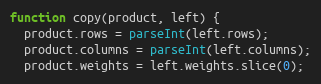
Language: JavaScript
function copy(product, left) {
  product.rows = parseInt(left.rows);
  product.columns = parseInt(left.columns);
  product.weights = left.weights.slice(0);